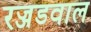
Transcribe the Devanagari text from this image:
रज्जडवाल